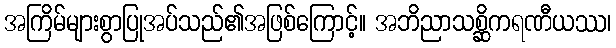
အကြိမ်များစွာပြုအပ်သည်၏အဖြစ်ကြောင့်။ အဘိညာသစ္ဆိကရဏီယဿ၊